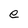
Character: e